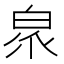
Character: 𭽖